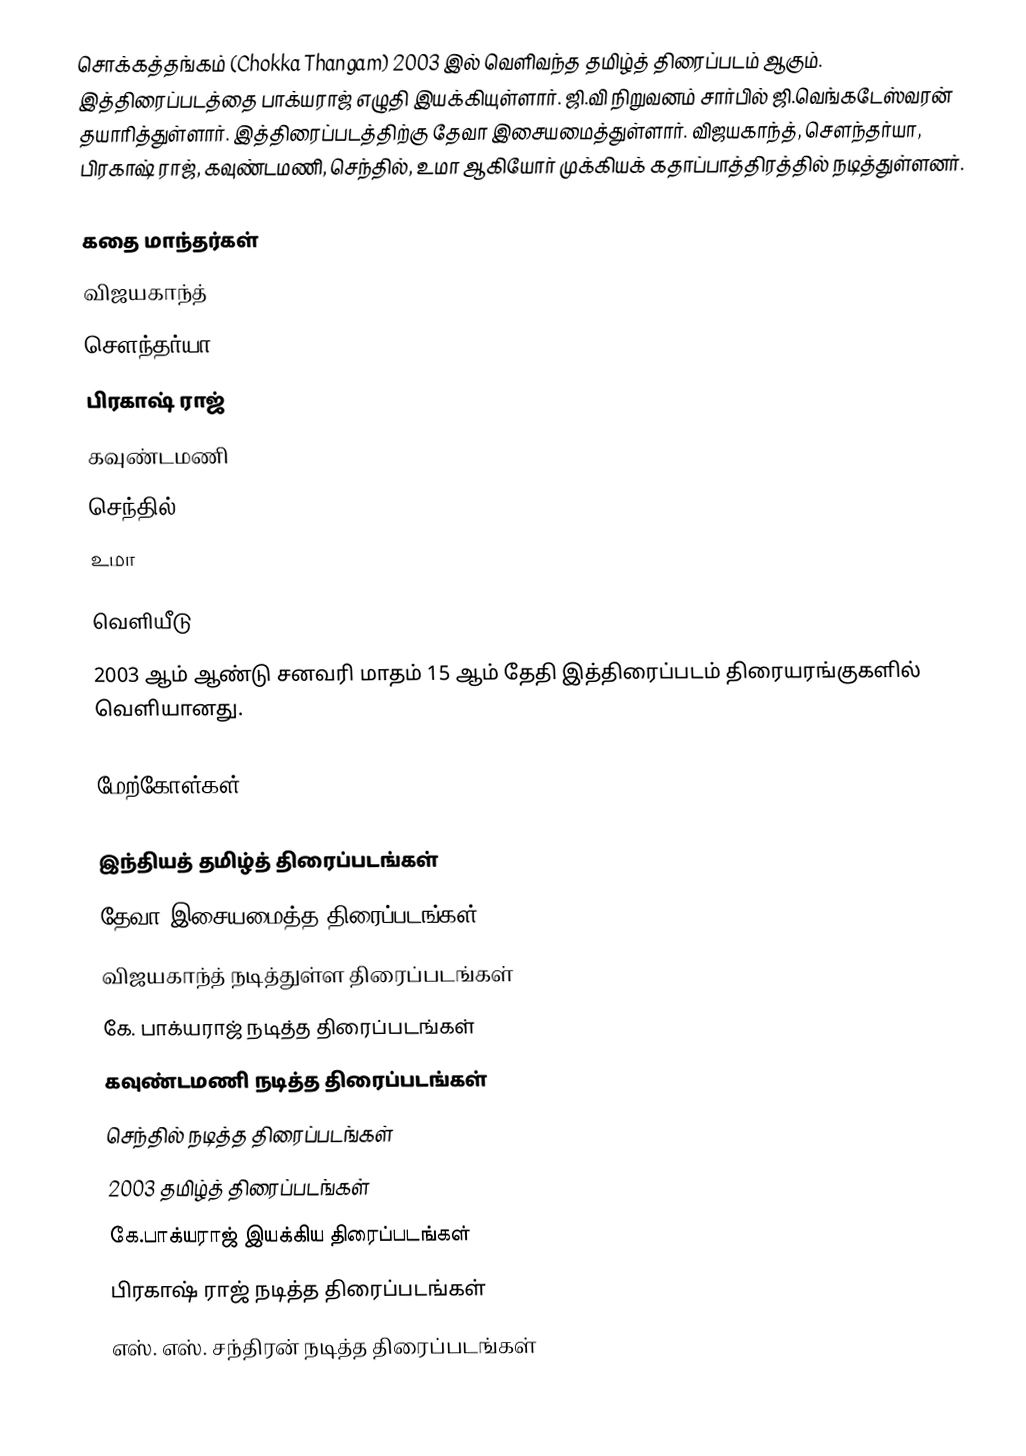
சொக்கத்தங்கம்  (Chokka Thangam) 2003 இல் வெளிவந்த தமிழ்த் திரைப்படம் ஆகும். இத்திரைப்படத்தை பாக்யராஜ் எழுதி இயக்கியுள்ளார். ஜி.வி  நிறுவனம் சார்பில் ஜி.வெங்கடேஸ்வரன் தயாரித்துள்ளார். இத்திரைப்படத்திற்கு தேவா இசையமைத்துள்ளார். விஜயகாந்த், சௌந்தர்யா, பிரகாஷ் ராஜ்,  கவுண்டமணி, செந்தில், உமா ஆகியோர் முக்கியக் கதாப்பாத்திரத்தில் நடித்துள்ளனர்.

கதை மாந்தர்கள்
 விஜயகாந்த்
 சௌந்தர்யா
 பிரகாஷ் ராஜ்
 கவுண்டமணி
 செந்தில்
 உமா

வெளியீடு
2003 ஆம் ஆண்டு சனவரி மாதம் 15 ஆம் தேதி இத்திரைப்படம் திரையரங்குகளில் வெளியானது.

மேற்கோள்கள்

இந்தியத் தமிழ்த் திரைப்படங்கள்
தேவா இசையமைத்த திரைப்படங்கள்
விஜயகாந்த் நடித்துள்ள திரைப்படங்கள்
கே. பாக்யராஜ் நடித்த திரைப்படங்கள்
கவுண்டமணி நடித்த திரைப்படங்கள்
செந்தில் நடித்த திரைப்படங்கள்
2003 தமிழ்த் திரைப்படங்கள்
கே.பாக்யராஜ் இயக்கிய திரைப்படங்கள்
பிரகாஷ் ராஜ் நடித்த திரைப்படங்கள்
எஸ். எஸ். சந்திரன் நடித்த திரைப்படங்கள்